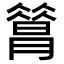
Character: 𦠡